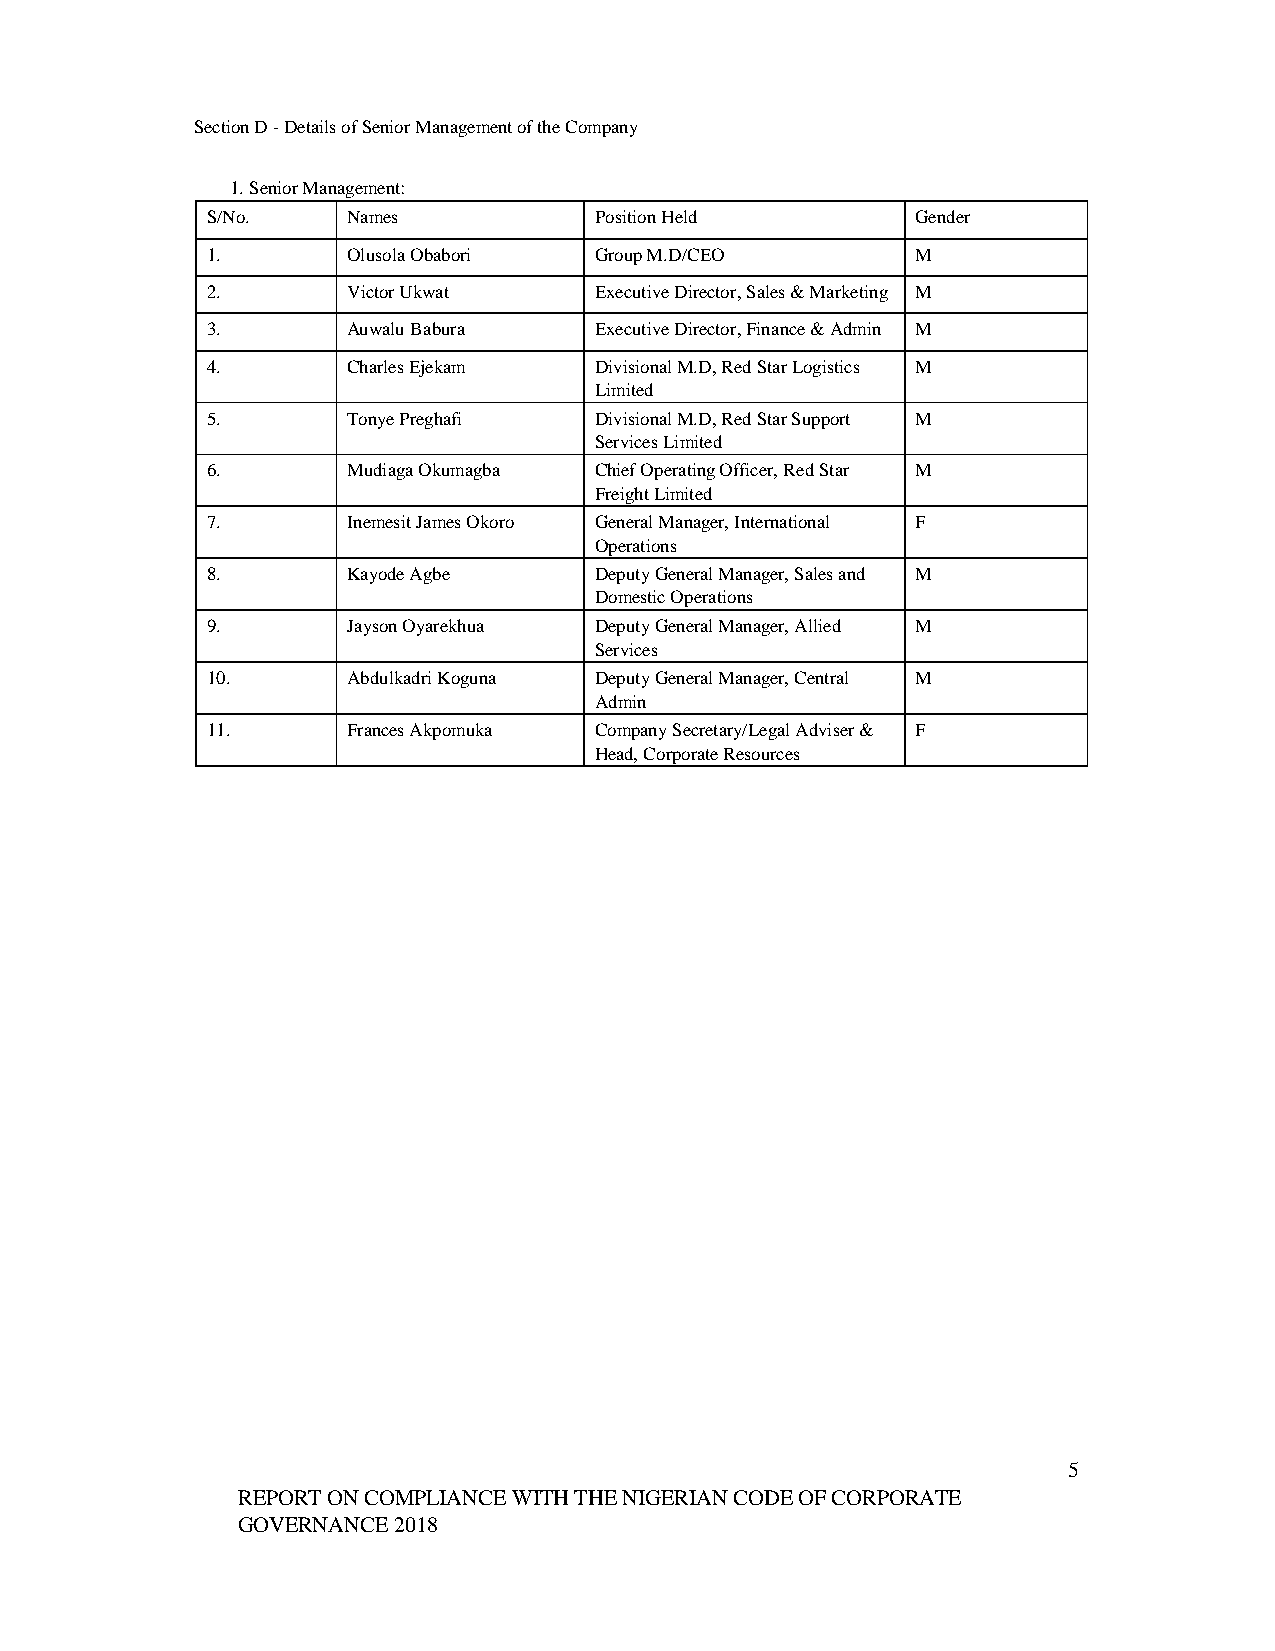
Section D - Details of Senior Management of the Company
 1. Senior Management:
 S/No.    Names           Position Held         Gender
 1.       Olusola Obabori Group M.D/CEO         M
 2.       Victor Ukwat    Executive Director, Sales & Marketing M
 3.       Auwalu Babura   Executive Director, Finance & Admin M
 4.       Charles Ejekam  Divisional M.D, Red Star Logistics M
 Limited
 5.       Tonye Preghafi  Divisional M.D, Red Star Support M
 Services Limited
 6.       Mudiaga Okumagba Chief Operating Officer, Red Star M
 Freight Limited
 7.       Inemesit James Okoro General Manager, International F
 Operations
 8.       Kayode Agbe     Deputy General Manager, Sales and M
 Domestic Operations
 9.       Jayson Oyarekhua Deputy General Manager, Allied M
 Services
 10.      Abdulkadri Koguna Deputy General Manager, Central M
 Admin
 11.      Frances Akpomuka Company Secretary/Legal Adviser & F
 Head, Corporate Resources
 5
 REPORT ON COMPLIANCE WITH THE NIGERIAN CODE OF CORPORATE
 GOVERNANCE 2018